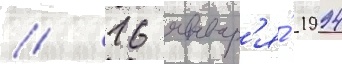
// 16 январ'я́ 1994